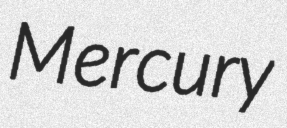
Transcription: Mercury